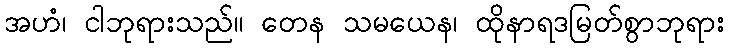
အဟံ၊ ငါဘုရားသည်။ တေန သမယေန၊ ထိုနာရဒမြတ်စွာဘုရား